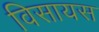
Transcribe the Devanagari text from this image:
विसायस